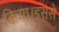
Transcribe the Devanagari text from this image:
किया।इससे